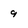
Character: 9